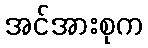
အင်အားစုက